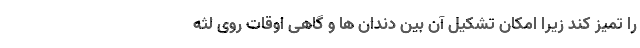
را تمیز کند زیرا امکان تشکیل آن بین دندان ها و گاهی اوقات روی لثه